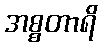
အစ္စတာရိ